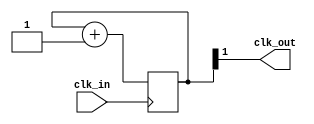
module prescaler4(
	input clk_in,
	output clk_out);

	reg [1:0] counter;
	
	initial begin
		counter <= 2'b00;
	end
	
	always @(posedge clk_in) begin
		counter <= counter + 2'b01;
	end
	
	assign clk_out = counter[1];
endmodule